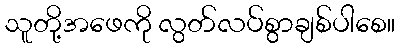
သူတို့အဖေကို လွတ်လပ်စွာချစ်ပါစေ။